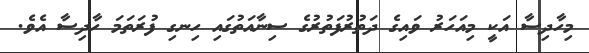
މިހާދިސާ އަކީ މިއަހަރު ވައިގެ ދަތުރުފަތުރުގެ ސިނާއަތުގައި ހިނގި ފުރަތަމަ ހާދިސާ އެވެ.